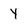
Character: y